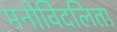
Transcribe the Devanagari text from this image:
मनोविदलिता